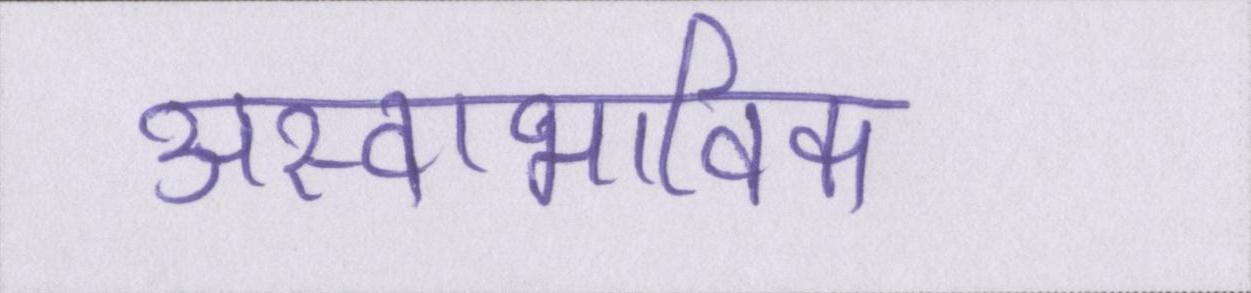
अस्वाभाविक